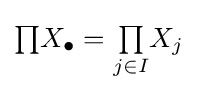
{\textstyle \prod }X_{\bullet }={\textstyle \prod \limits _{j\in I}}X_{j}